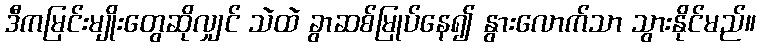
ဒီကမြင်းမျိုးတွေဆိုလျှင် သဲထဲ ခွာဆစ်မြုပ်နေ၍ နွားလောက်သာ သွားနိုင်မည်။